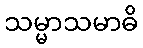
သမ္မာသမာဓိ